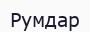
Румдар